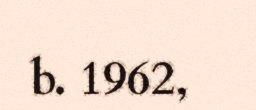
b. 1962,